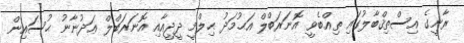
ރާނީގެ އިސްތިޤްބާލުގައި ތިއްބެވީ އޮނަރަބްލް އަޙުމަދު ޙިލްމީ ދީދީއާއި އޮނަރަބްލް ޢަދުނާނު ޙުސައިން